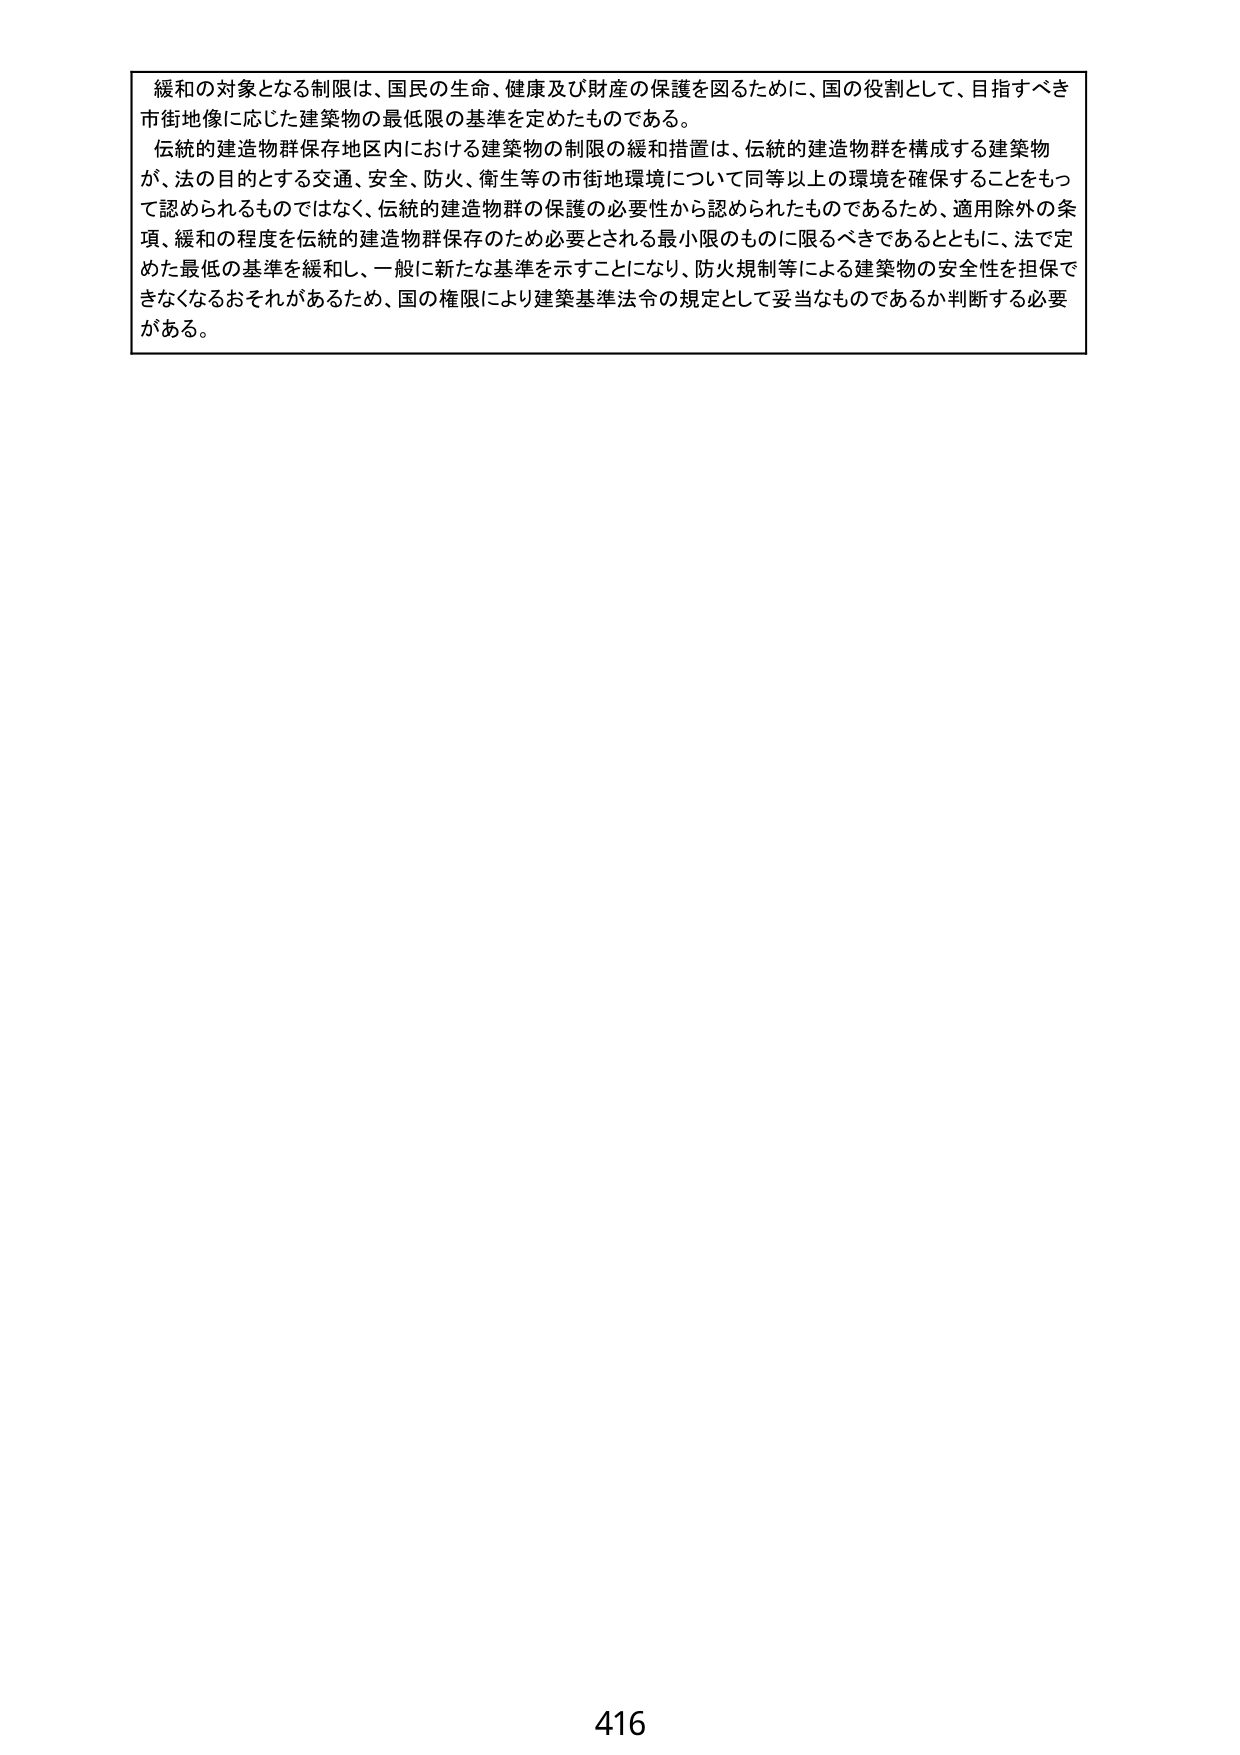
緩和の対象となる制限は、国民の生命、健康及び財産の保護を図るために、国の役割として、目指すべき市街地像に応じた建築物の最低限の基準を定めたものである。

伝統的建造物群保存地区内における建築物の制限の緩和措置は、伝統的建造物群を構成する建築物が、法の目的とする交通、安全、防火、衛生等の市街地環境について同等以上の環境を確保することをもって認められるものではなく、伝統的建造物群の保護の必要性から認められたものであるため、適用除外の条項、緩和の程度を伝統的建造物群保存のため必要とされる最小限のものに限るべきであるとともに、法で定めた最低の基準を緩和し、一般に新たな基準を示すことになり、防火規制等による建築物の安全性を担保できなくなるおそれがあるため、国の権限により建築基準法令の規定として妥当なものであるか判断する必要がある。

416